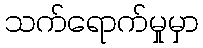
သက်ရောက်မှုမှာ